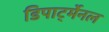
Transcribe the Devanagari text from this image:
डिपार्ट्मेनल